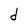
Character: d